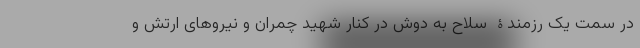
در سِمت یک رزمندۀ سلاح به دوش در کنار شهید چمران و نیروهای ارتش و